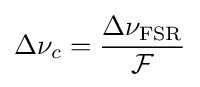
\Delta \nu _{c}={\frac {\Delta \nu _{\text{FSR}}}{\mathcal {F}}}